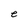
Character: e